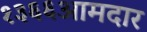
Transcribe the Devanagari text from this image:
१३६६आमदार